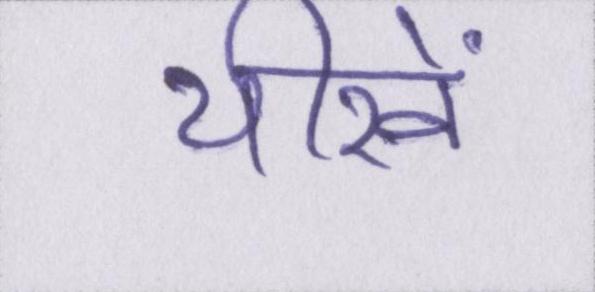
चीखें